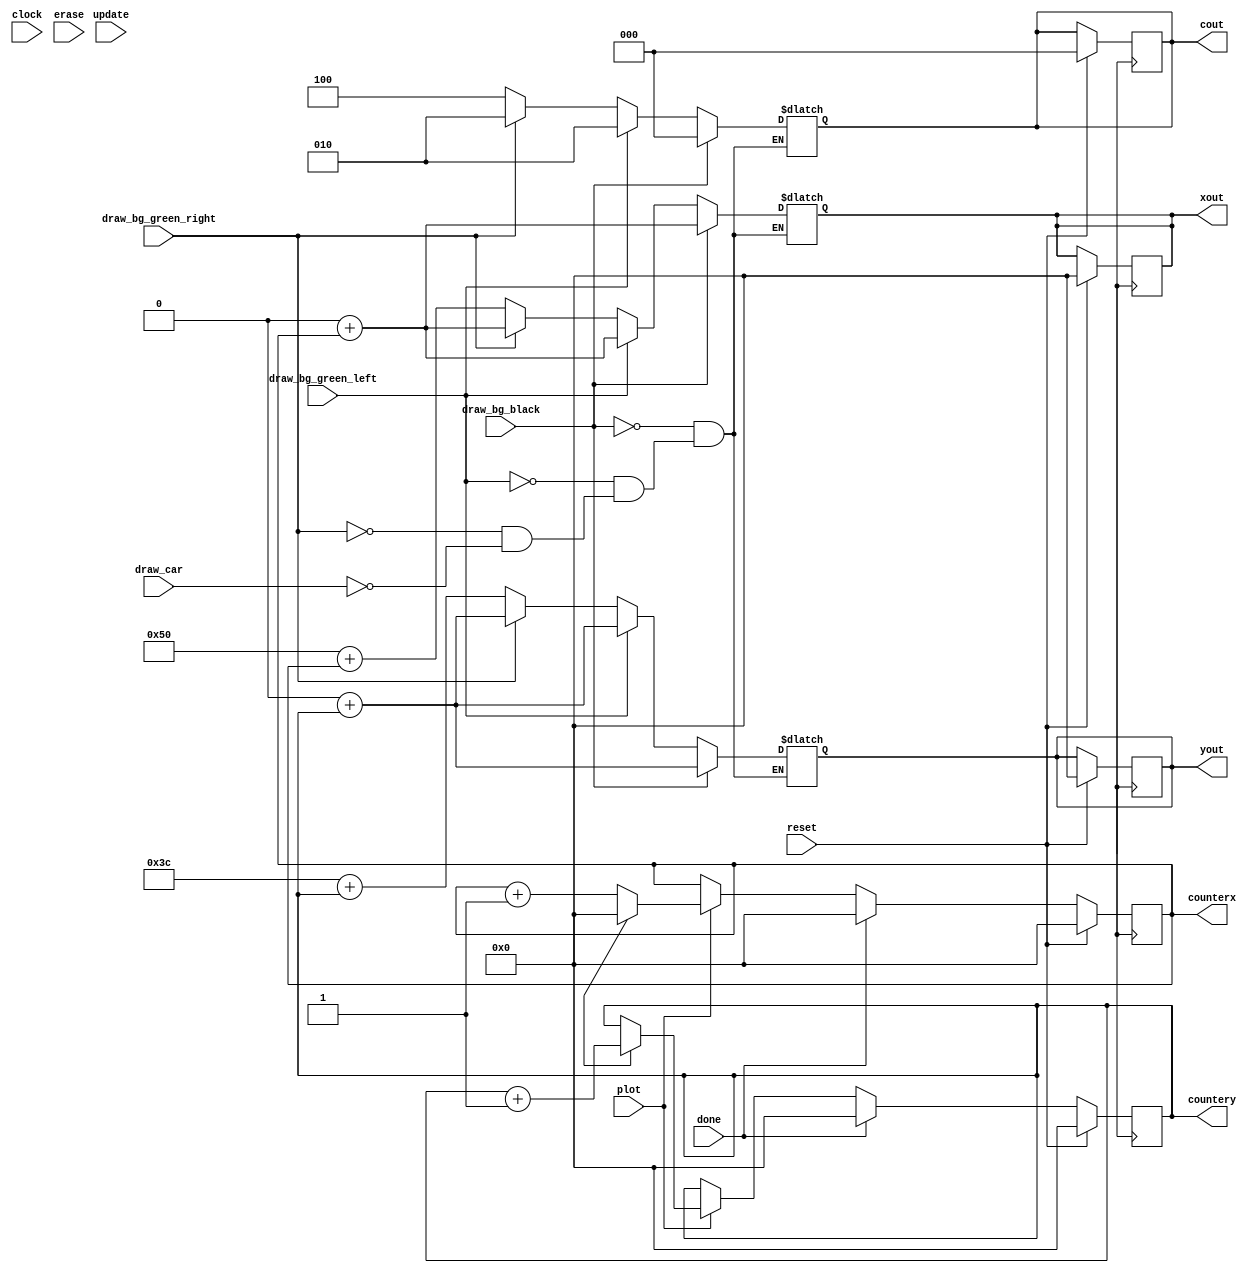
module datapath (
input clock, reset,
input draw_bg_black, draw_bg_green_left, draw_bg_green_right, 
input draw_car, erase, update,
input done, plot, 
output reg [7:0] counterx, countery, xout, yout,
output reg [2:0] cout,
);

always @(posedge clk)
begin
   if (reset) 
   begin
      xout <= 8'b0;
      yout <= 7'b0;
      cout <= 3'b0;
      counterx <= 8'b0;
      countery <= 8'b0;
   end

   else
   begin
    if (plot)
    begin
        if (inc)
        begin
            countery <= countery + 1'b1;
            counterx <= 8'b0;
        end
        else
        counterx <= counterx + 1'b1;
    end
    if (done)
      begin
         countery <= 8'b0;
         counterx <= 8'b0;
      end
    
   end
end

always @(*)
begin
  if (draw_bg_black) 
  begin
   xout <= 8'd0 + counterx;
   yout <= 8'd0 + countery;
   cout <= 3'b0;
  end
  else if (draw_bg_green_left)
  begin
    xout <= 8'd0 + counterx;
    yout <= 8'd0 + countery;
    cout <= 3'b010;
  end
  else if (draw_bg_green_right)
  begin
    xout <= 8'd0 + counterx;
    yout <= 8'd0 + countery;
    cout <= 3'b010;
  end
  else if (draw_car) 
   begin
      xout <= 8'd80 + counterx;
      yout <= 8'd60 + countery;
      cout <= 3'b100;
   end
end
endmodule